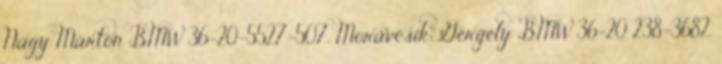
Nagy Márton BMW 36-20-5527-507, Moravcsik Gergely BMW 36-20 238-3682,